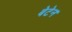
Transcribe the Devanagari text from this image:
बेटेन